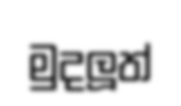
මුදලූත්